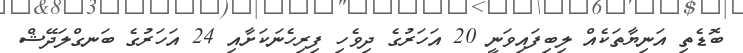
ބޮޑެތި އަނިޔާތަކެއް ލިބިފައިވަނީ 20 އަހަރުގެ ދިވެހި ފިރިހެނަކަށާއި 24 އަހަރުގެ ބަނގްލަދޭޝް